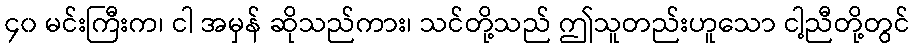
၄၀ မင်းကြီးက၊ ငါ အမှန် ဆိုသည်ကား၊ သင်တို့သည် ဤသူတည်းဟူသော ငါ့ညီတို့တွင်